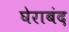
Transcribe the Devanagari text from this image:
घेराबंद